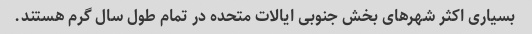
بسیاری اکثر شهرهای بخش جنوبی ایالات متحده در تمام طول سال گرم هستند.